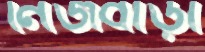
নিজবাড়ী